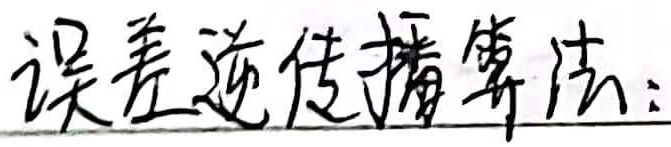
误差逆传播算法：